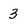
Character: 3